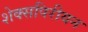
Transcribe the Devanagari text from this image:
शेक्सपिरीयन